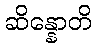
ဆိန္နောတိ